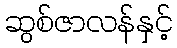
ဆွစ်ဇာလန်နှင့်